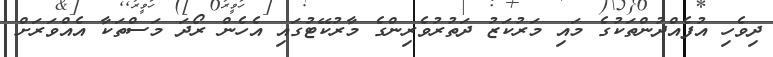
ދިވެހި އުފެއްދުންތަކުގެ މައި މަރުކަޒު ދަތުރުވެރިންގެ މާރުކޭޓުގައި އެހެން ރޯދަ މަސްތަކާ އެއްވަރަށް